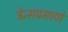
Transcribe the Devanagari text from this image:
ट्रेन्सप्रमाणे